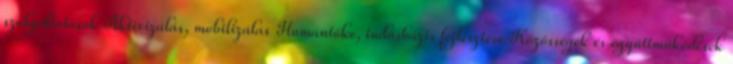
szolgáltatások Aktivizálás, mobilizálás Humántőke, tudásbázis fejlesztése Közösségek és együttműködések